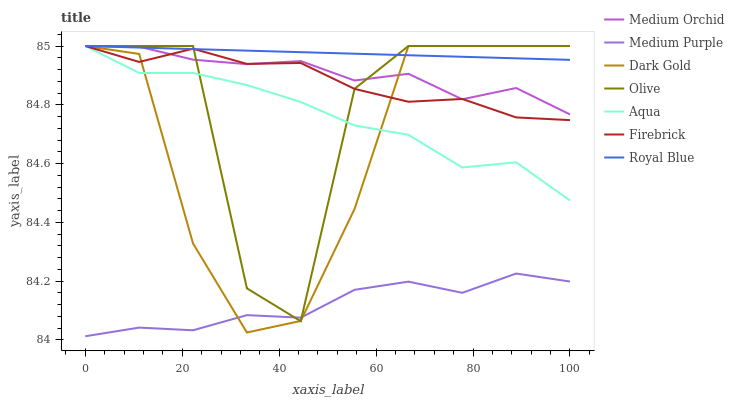
| xaxis_label | Medium Orchid | Medium Purple | Dark Gold | Olive | Aqua | Firebrick | Royal Blue |
 | --- | --- | --- | --- | --- | --- | --- | --- |
 | 0 | 85 | 84 | 85 | 85 | 85 | 85 | 85 |
 | 11.1 | 85 | 84 | 85 | 85 | 84.9 | 84.9 | 85 |
 | 22.2 | 85 | 84 | 84.3 | 85 | 84.9 | 85 | 85 |
 | 33.3 | 84.9 | 84.1 | 84 | 84.2 | 84.9 | 84.9 | 85 |
 | 44.4 | 84.9 | 84.1 | 84.1 | 84.1 | 84.8 | 84.9 | 85 |
 | 55.6 | 84.9 | 84.2 | 84.4 | 84.9 | 84.7 | 84.9 | 85 |
 | 66.7 | 84.9 | 84.2 | 85 | 85 | 84.7 | 84.8 | 85 |
 | 77.8 | 84.8 | 84.2 | 85 | 85 | 84.6 | 84.8 | 85 |
 | 88.9 | 84.9 | 84.2 | 85 | 85 | 84.6 | 84.8 | 85 |
 | 100 | 84.8 | 84.2 | 85 | 85 | 84.5 | 84.7 | 85 |